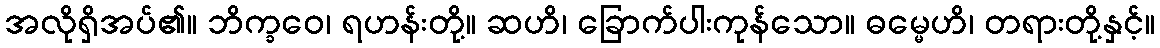
အလိုရှိအပ်၏။ ဘိက္ခဝေ၊ ရဟန်းတို့။ ဆဟိ၊ ခြောက်ပါးကုန်သော။ ဓမ္မေဟိ၊ တရားတို့နှင့်။